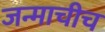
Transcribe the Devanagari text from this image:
जन्माचीच